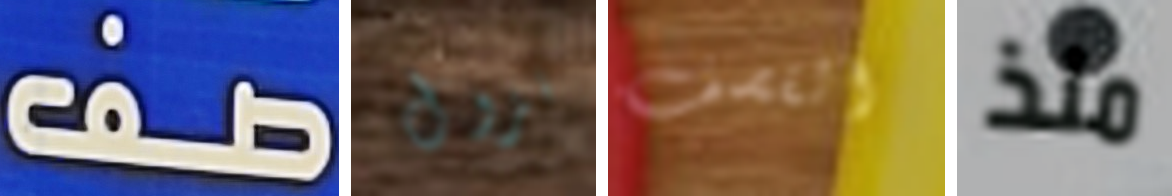
صف نزول القصف منذ